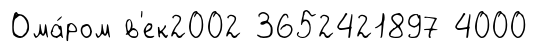
Ома́ром в'ек2002 3652421897 4000